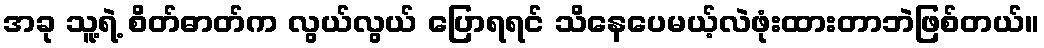
အခု သူ့ရဲ့ စိတ်ဓာတ်က လွယ်လွယ် ပြောရရင် သိနေပေမယ့်လဲဖုံးထားတာဘဲဖြစ်တယ်။